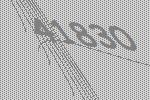
41830